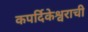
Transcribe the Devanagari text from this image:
कपर्दिकेश्वराची